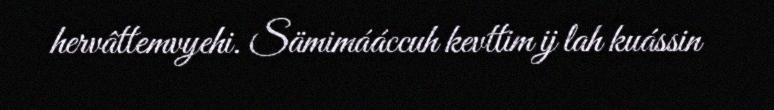
hervâttemvyehi. Sämimááccuh kevttim ij lah kuássin